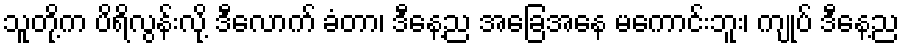
သူတို့က ပိရိလွန်းလို့ ဒီလောက် ခံတာ၊ ဒီနေ့ည အခြေအနေ မကောင်းဘူး၊ ကျုပ် ဒီနေ့ည